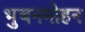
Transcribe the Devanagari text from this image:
भुबनमोहन